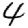
Digit: 4